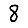
Digit: 8